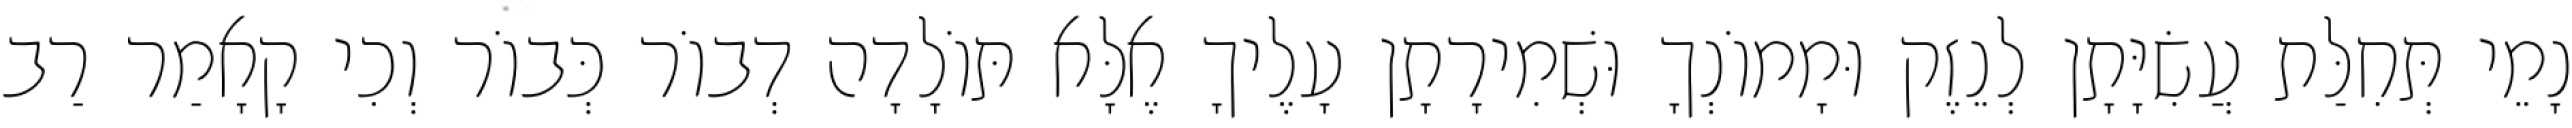
נָמֵי תְּחִלַּת עֲשִׂיָּתָן לְנֵזֶק וּמָמוֹנְךָ וּשְׁמִירָתָן עָלֶיךָ אֶלָּא תּוֹלָדָה דְבוֹר כְּבוֹר וְכִי קָאָמַר רַב